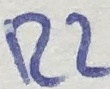
Text: R2